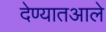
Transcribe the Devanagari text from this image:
देण्यातआले